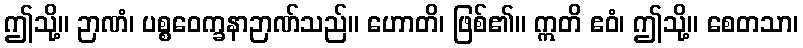
ဤသို့။ ဉာဏံ၊ ပစ္စဝေက္ခနာဉာဏ်သည်။ ဟောတိ၊ ဖြစ်၏။ ဣတိ ဧဝံ၊ ဤသို့။ စေတသာ၊